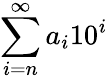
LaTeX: \sum_{i=n}^{\infty}a_{i}10^{i}